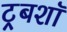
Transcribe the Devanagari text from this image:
ट्रबशॉ